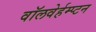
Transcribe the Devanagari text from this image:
वॉलवेर्हम्प्टन